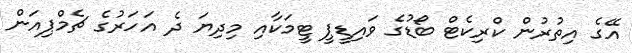
އޭގެ އިތުރުން ކްރިކެޓް ބޯޑުގެ ވައިޑީޕީ ޓީމަކާއި މިދިޔަ ދެ އަހަރުގެ ޗެމްޕިއަން